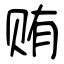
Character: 贿